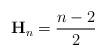
LaTeX: \begin{align*}\mathbf{H}_{n} = \frac{n-2}{2}\end{align*}